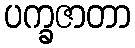
ပက္ခဇာတာ